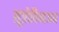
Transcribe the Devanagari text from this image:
सूत्रोविभाजन